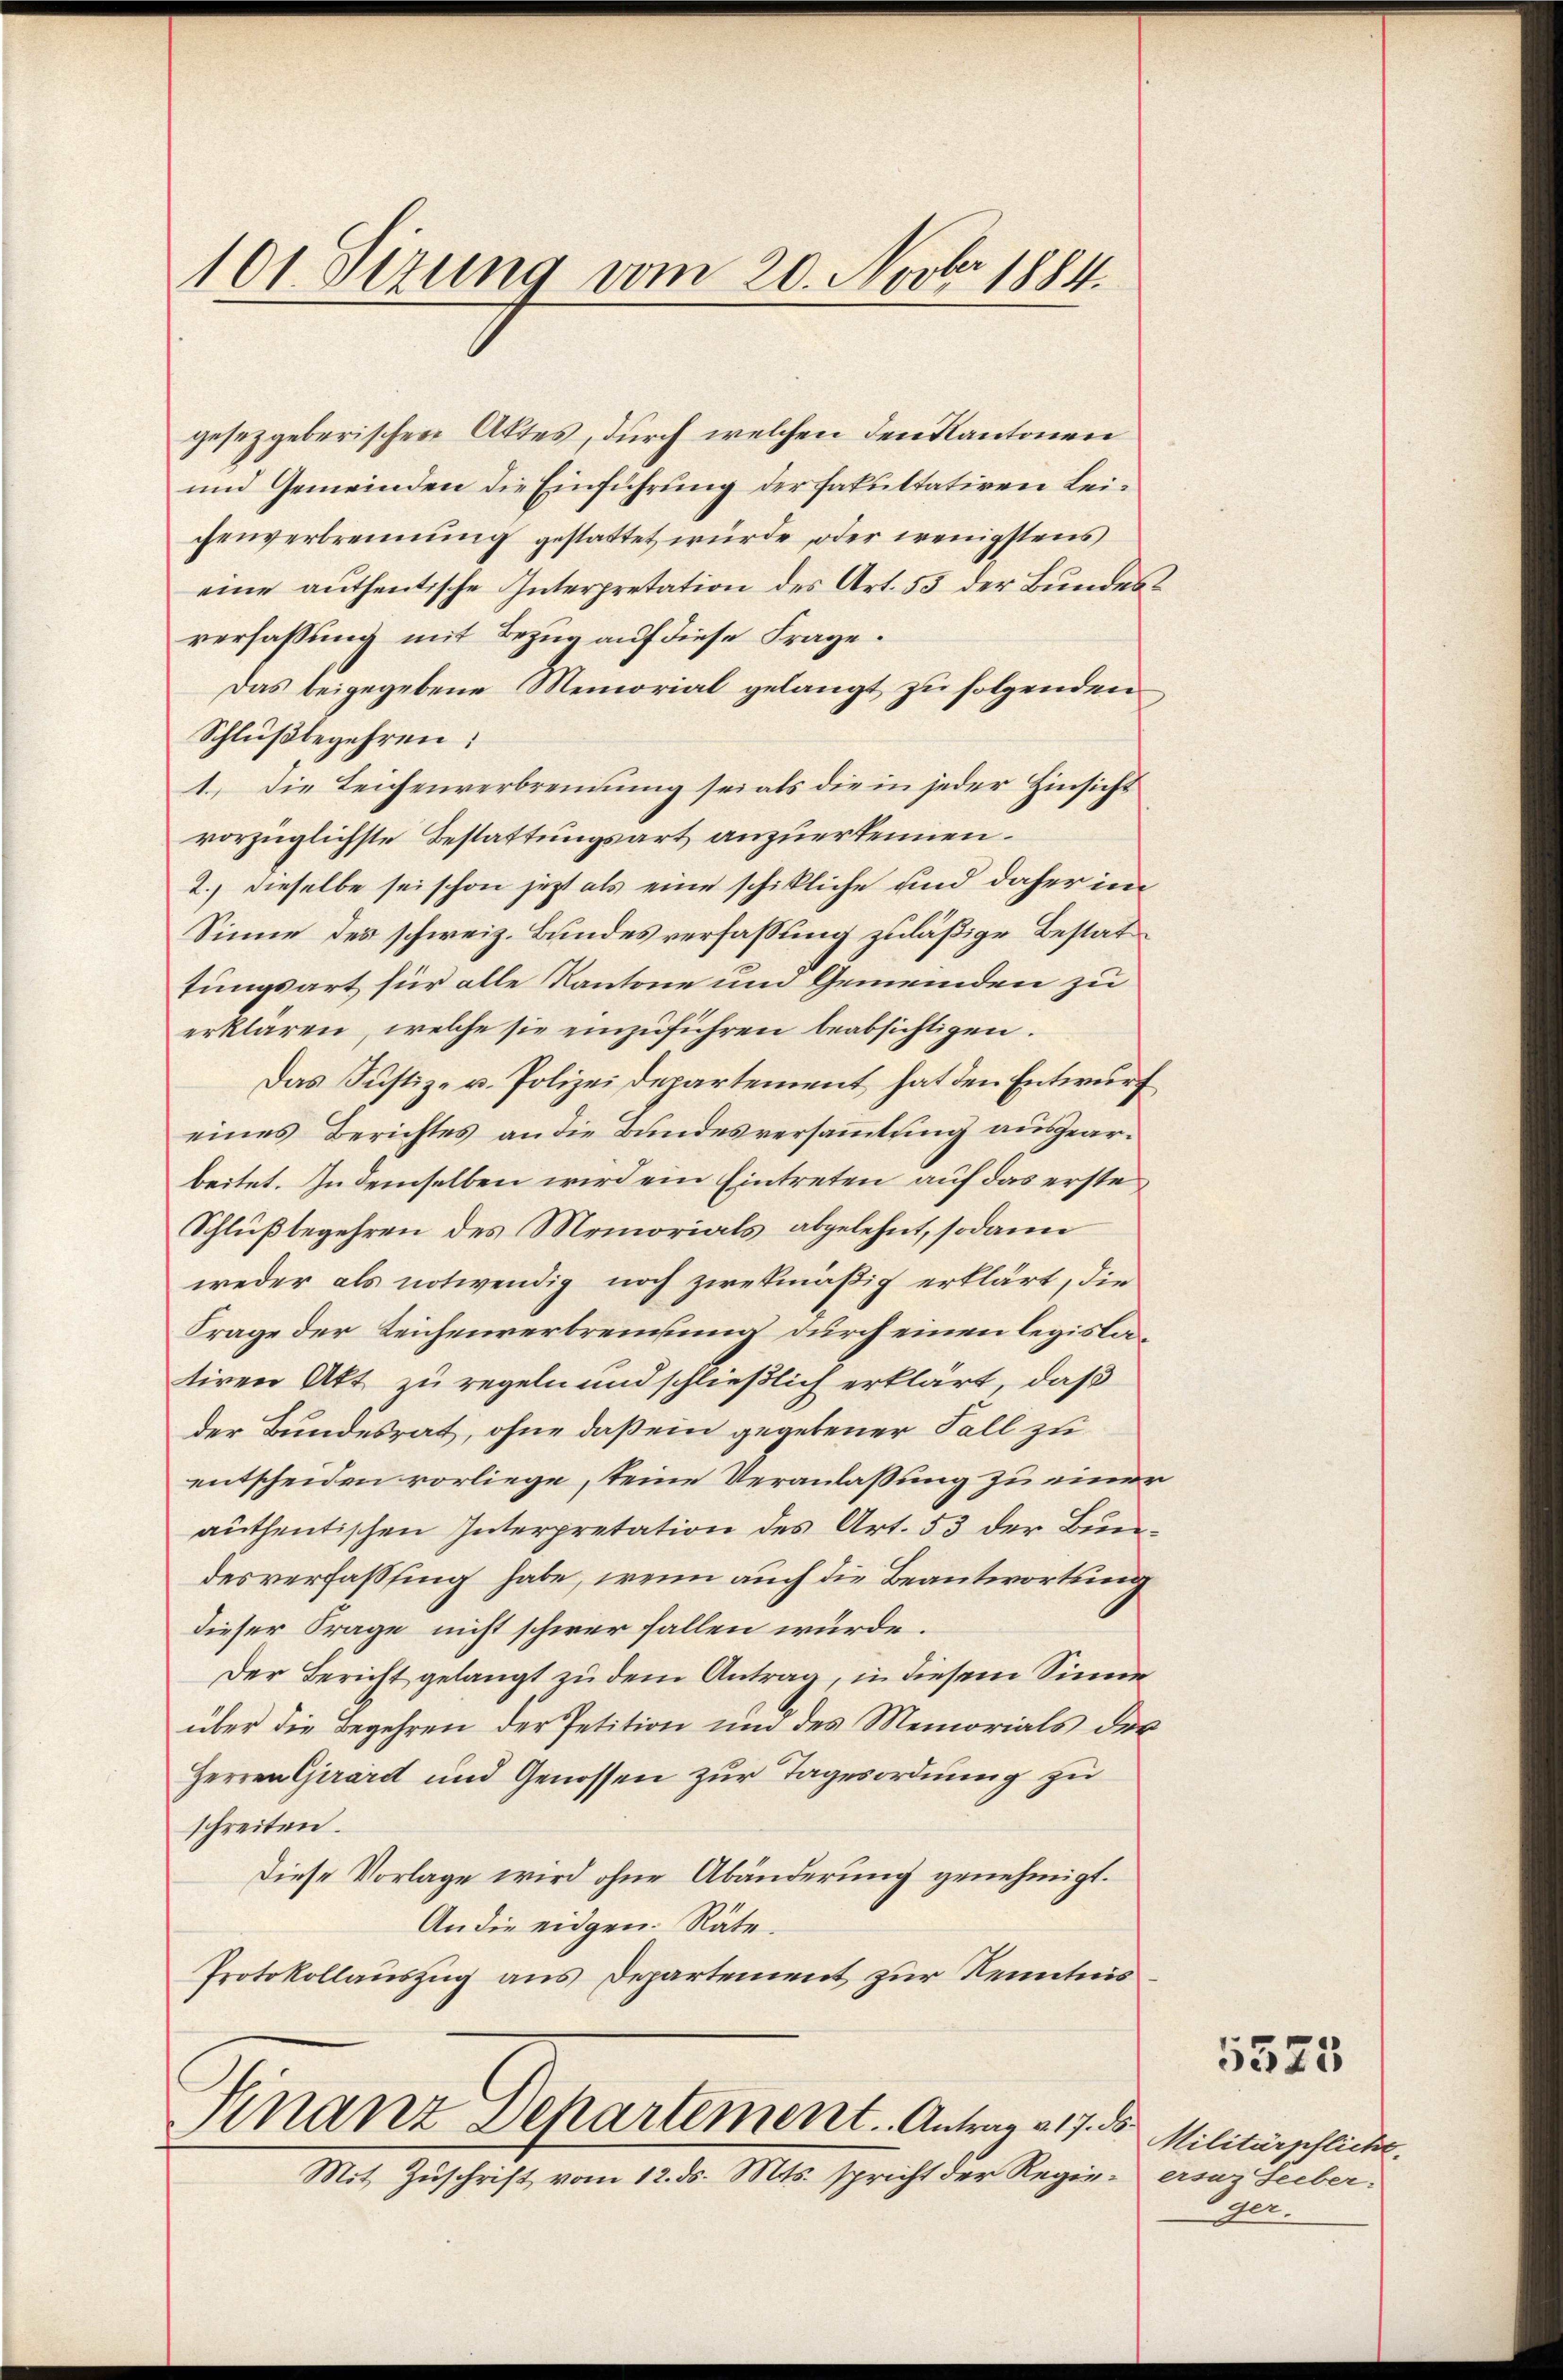
101 Sizung vom 20. Novbr. 1884.

gesetzgeberischen Aktes, durch welchen den Kantonen
und Gemeinden die Einführung der fakultativen Leichenverbrennung gestattet wurde, oder wenigstens
eine authentische Interpretation des Art. 55 der Bundesverfassung mit Bezug auf diese Frage.
Das beigegebene Memorial gelangt zu folgenden
Schlußbegehren:
1.) Die Leichenverbrennung sei als die in jeder Hinsicht
vorzüglichste Bestattungsart anzuerkennen.
2.) dieselbe sei schon jetzt als eine schikliche und daher im
Sinne des schweiz. Bundesverfassung zuläßige Bestat
tungsart für alle Kantone und Gemeinden zu
erklären, welche sie einzŭführen beabsichtigen.
Das Justiz- u. Polizeidepartement hat den Entwurf
eines Berichtes an die Bundesversammlung ausgearbeitet. In demselben wird ein Eintreten auf das erste
Schlußbegehren des Memorials abgelehnt, sodann
weder als notwendig noch zwekmäßig erklärt, die
Frage der Zeichenverbrennung durch einen legislatiren Akt zu regeln und schließlich erklärt, daß
der Bundesrat, ohne daß ein gegebener Fall zu
entscheiden vorliege, seine Veranlaßung zu einer
authentischen Interpretation des Art. 53 der Bundesverfassing habe, wenn auch die Beantwortung
dieser Frage nicht schwer fallen würde.
Der Bericht gelangt zu dem Antrag, in diesem Sinne
über die Begehren der Petition und des Memorials der
Herren Girard und Genossen zur Tagesordnung zu
schreiten.
Diese Vorlage wird ohne Abänderung genehmigt.
An die eidgen. Räte.
Protokollauszug aus Departement zur Kenntnis

Finanz-Departement. Antrag 217. ds.
Mit Zuschrift vom 12. ds. Mts. spricht der Regie¬

5573

Militärpflicht.
ersar Seeber-
Eger.